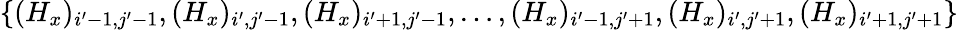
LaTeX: \{ (H_{x})_{i^{\prime}-1,j^{\prime}-1},(H_{x})_{i^{\prime},j^{\prime}-1},(H_{x})_{i^{\prime}+1,j^{\prime}-1},\ldots,(H_{x})_{i^{\prime}-1,j^{\prime}+1},(H_{x})_{i^{\prime},j^{\prime}+1},(H_{x})_{i^{\prime}+1,j^{\prime}+1}\}